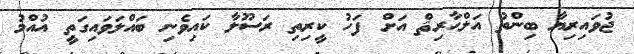
ޖުވައިރިޔާ ބިންތު އަލްޙާރިޘް އަށް ފަހު ކީރިތި ރަސޫލާ ކައިވެނި ބައްލަވައިގަތީ އުއްމު